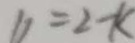
b = 2 - k